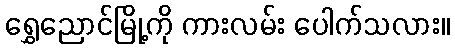
ရွှေညောင်မြို့ကို ကားလမ်း ပေါက်သလား။